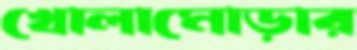
খোলামোড়ার